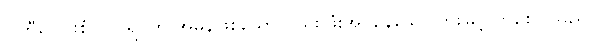
ပါတီပေါင်းစုံ လုပ်ရပ်ကို အမှန်ဖြစ်သော်လည်း ဖုံးအုပ်နေသော တိုးမြင့်လာစေပါသည်